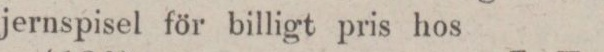
jernspisel för billigt pris hos